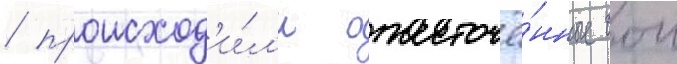
/ происход'и́л'и ожесточё́нные бои